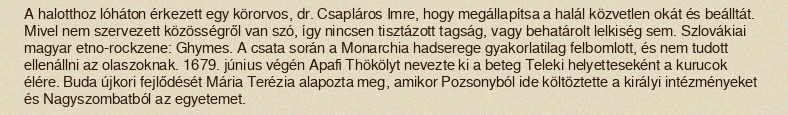
A halotthoz lóháton érkezett egy körorvos, dr. Csapláros Imre, hogy megállapítsa a halál közvetlen okát és beálltát. Mivel nem szervezett közösségről van szó, így nincsen tisztázott tagság, vagy behatárolt lelkiség sem. Szlovákiai magyar etno-rockzene: Ghymes. A csata során a Monarchia hadserege gyakorlatilag felbomlott, és nem tudott ellenállni az olaszoknak. 1679. június végén Apafi Thökölyt nevezte ki a beteg Teleki helyetteseként a kurucok élére. Buda újkori fejlődését Mária Terézia alapozta meg, amikor Pozsonyból ide költöztette a királyi intézményeket és Nagyszombatból az egyetemet.